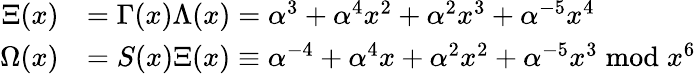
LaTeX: {\begin{array}{rl}{\Xi(x)}&{=\Gamma(x)\Lambda(x)=\alpha^{3}+\alpha^{4}x^{2}+\alpha^{2}x^{3}+\alpha^{-5}x^{4}}\\ {\Omega(x)}&{=S(x)\Xi(x)\equiv\alpha^{-4}+\alpha^{4}x+\alpha^{2}x^{2}+\alpha^{-5}x^{3}{\bmod{x^{6}}}}\end{array}}